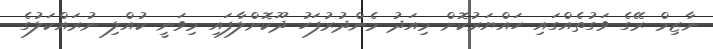
ނާޒިމް ރޭގެ ވަގުތެއްގައި ހައްޔަރުކޮށް މިއަދު މެންދުރުފަހު ދޫކޮށްލާފައި މިވަނީ ކުއްލި ނުރައްކަލުގެ